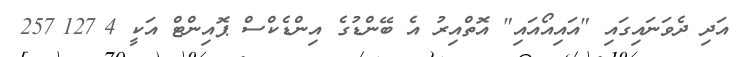
އަދި ދެވަނައިގައި "އައިއޯއައި" އޮތްއިރު އެ ބޭންޑުގެ އިންޑެކްސް ޕޮއިންޓް އަކީ 4?127?257